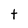
Character: t